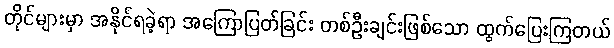
တိုင်များမှာ အနိုင်ရခဲ့ရာ အကြောပြတ်ခြင်း တစ်ဦးချင်းဖြစ်သော ထွက်ပြေးကြတယ်